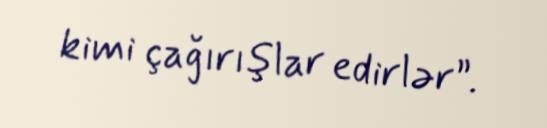
kimi çağırışlar edirlər”.